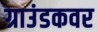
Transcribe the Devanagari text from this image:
ग्राउंडकवर